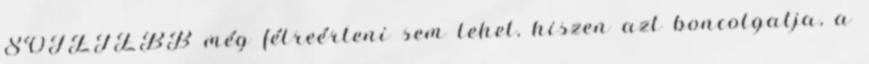
SÖTÉTEBB még félreérteni sem lehet, hiszen azt boncolgatja, a